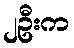
၂ဦးက